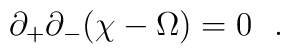
\partial_+\partial_-(\chi-\Omega)=0\ \ .